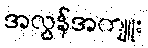
အလွန်အကျူး